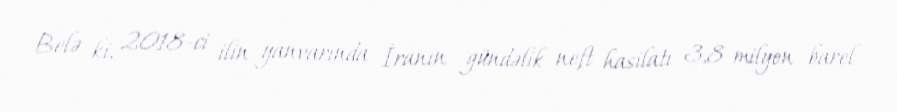
Belə ki, 2018-ci ilin yanvarında İranın gündəlik neft hasilatı 3,8 milyon barel